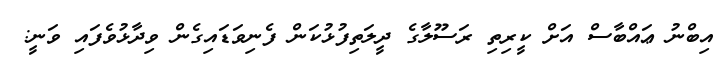
އިބްނު ޢައްބާސް އަށް ކީރިތި ރަސޫލާގެ ދީލަތިފުޅުކަން ފެނިވަޑައިގެން ވިދާޅުވެފައި ވަނީ: